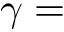
\gamma =